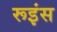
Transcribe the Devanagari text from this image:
रूइंस